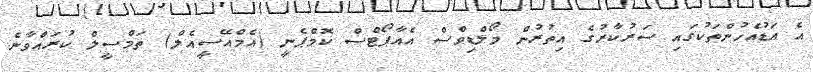
އެ އަޑުއެހުންތަކުގައި ސަރުކާރުގެ އިތުރުން މޯލްޑިވްސް އެއާޕޯޓްސް ކޮމްޕެނީ (އެމްއޭސީއެލް) ތަމްސީލް ކުރައްވާނެ